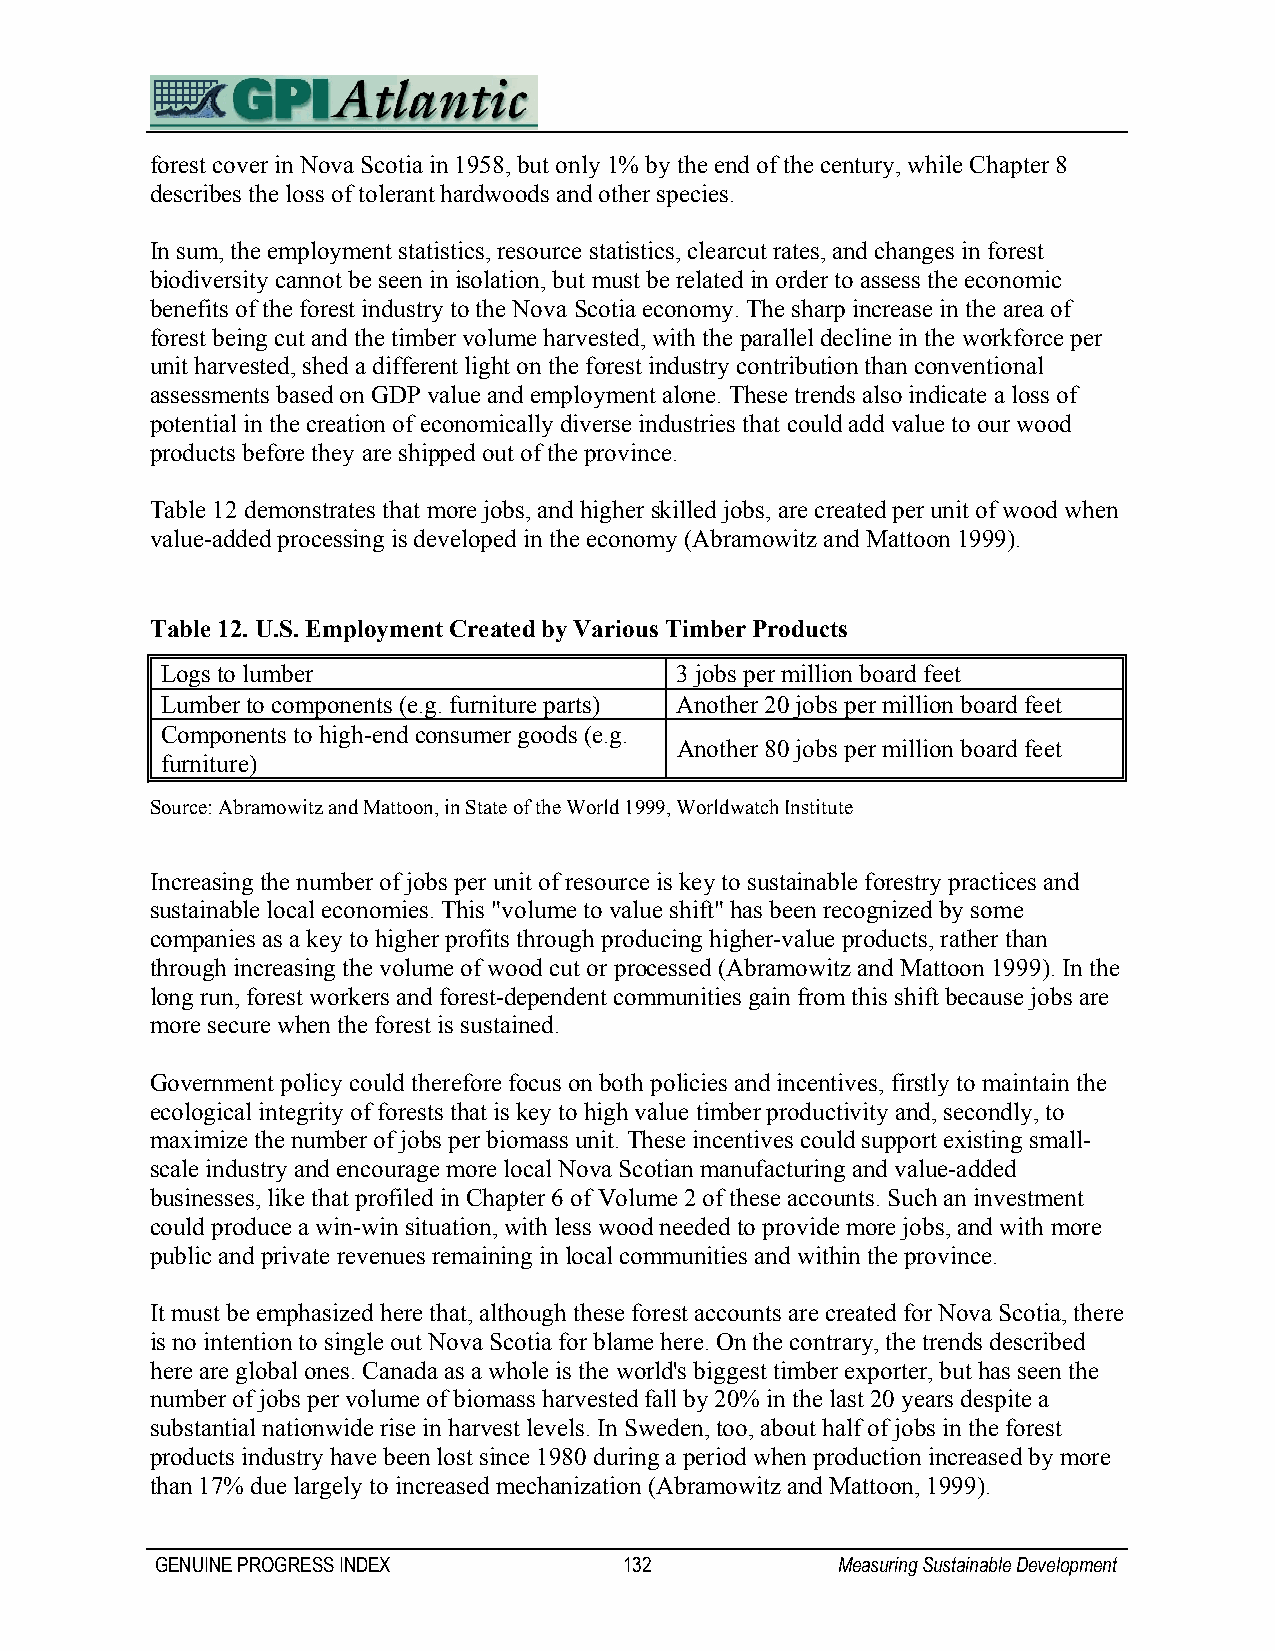
forest cover in Nova Scotia in 1958, but only 1% by the end of the century, while Chapter 8
 describes the loss of tolerant hardwoods and other species.
 In sum, the employment statistics, resource statistics, clearcut rates, and changes in forest
 biodiversity cannot be seen in isolation, but must be related in order to assess the economic
 benefits of the forest industry to the Nova Scotia economy. The sharp increase in the area of
 forest being cut and the timber volume harvested, with the parallel decline in the workforce per
 unit harvested, shed a different light on the forest industry contribution than conventional
 assessments based on GDP value and employment alone. These trends also indicate a loss of
 potential in the creation of economically diverse industries that could add value to our wood
 products before they are shipped out of the province.
 Table 12 demonstrates that more jobs, and higher skilled jobs, are created per unit of wood when
 value-added processing is developed in the economy (Abramowitz and Mattoon 1999).
 Table 12. U.S. Employment Created by Various Timber Products
 Logs to lumber                    3 jobs per million board feet
 Lumber to components (e.g. furniture parts) Another 20 jobs per million board feet
 Components to high-end consumer goods (e.g.
 Another 80 jobs per million board feet
 furniture)
 Source: Abramowitz and Mattoon, in State of the World 1999, Worldwatch Institute
 Increasing the number of jobs per unit of resource is key to sustainable forestry practices and
 sustainable local economies. This "volume to value shift" has been recognized by some
 companies as a key to higher profits through producing higher-value products, rather than
 through increasing the volume of wood cut or processed (Abramowitz and Mattoon 1999). In the
 long run, forest workers and forest-dependent communities gain from this shift because jobs are
 more secure when the forest is sustained.
 Government policy could therefore focus on both policies and incentives, firstly to maintain the
 ecological integrity of forests that is key to high value timber productivity and, secondly, to
 maximize the number of jobs per biomass unit. These incentives could support existing small-
 scale industry and encourage more local Nova Scotian manufacturing and value-added
 businesses, like that profiled in Chapter 6 of Volume 2 of these accounts. Such an investment
 could produce a win-win situation, with less wood needed to provide more jobs, and with more
 public and private revenues remaining in local communities and within the province.
 It must be emphasized here that, although these forest accounts are created for Nova Scotia, there
 is no intention to single out Nova Scotia for blame here. On the contrary, the trends described
 here are global ones. Canada as a whole is the world's biggest timber exporter, but has seen the
 number of jobs per volume of biomass harvested fall by 20% in the last 20 years despite a
 substantial nationwide rise in harvest levels. In Sweden, too, about half of jobs in the forest
 products industry have been lost since 1980 during a period when production increased by more
 than 17% due largely to increased mechanization (Abramowitz and Mattoon, 1999).
 GENUINE PROGRESS INDEX         132           Measuring Sustainable Development